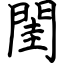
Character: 閨